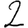
Digit: 2